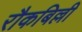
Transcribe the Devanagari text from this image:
रौकबिल्ली